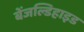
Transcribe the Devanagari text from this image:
बेंजल्डिहाइड